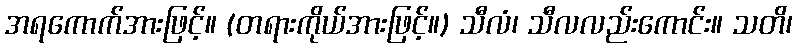
အရကောက်အားဖြင့်။ (တရားကိုယ်အားဖြင့်။) သီလံ၊ သီလလည်းကောင်း။ သတိ၊